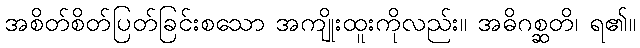
အစိတ်စိတ်ပြတ်ခြင်းစသော အကျိုးထူးကိုလည်း။ အဓိဂစ္ဆတိ၊ ရ၏။